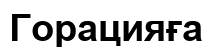
Горацияға